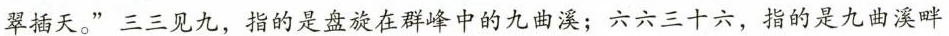
翠插天。”三三见九，指的是盘旋在群峰中的九曲溪；六六三十六，指的是九曲溪畔